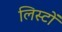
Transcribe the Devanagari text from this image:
लिस्टों